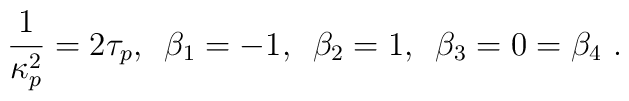
\frac{1}{\kappa^{2}_p} = 2 \tau_p, \,\,\, \beta_1 = -1, \,\,\,\beta_2 = 1, \,\,\, \beta_3 = 0 = \beta_4 ~.